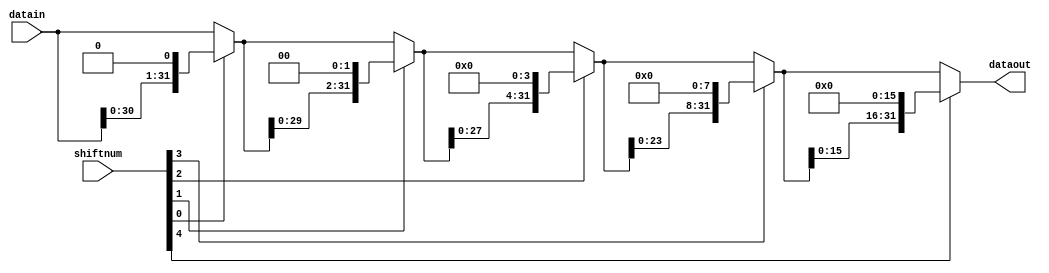
module left_bshifter
#(
    parameter IN_WIDTH = 32,
    SHIFT_STAGE= ((IN_WIDTH > 1) ? $clog2(IN_WIDTH) : 1),
    SHIFT_WIDTH=2**(SHIFT_STAGE)
)
(
    input [IN_WIDTH-1:0]datain,
    input [SHIFT_STAGE-1:0]shiftnum,
    output [IN_WIDTH-1:0]dataout
);
reg [SHIFT_WIDTH-1:0]shift_stages[SHIFT_STAGE:0];
wire [SHIFT_WIDTH-1:0]shift_o;
wire sign;
integer i,j;
always @(*)
begin
    shift_stages[0]=datain;
    for(i=1;i<=SHIFT_STAGE;i=i+1)
    begin
        if(shiftnum[i-1])shift_stages[i]=shift_stages[i-1]<<(2**(i-1));
        else shift_stages[i]=shift_stages[i-1];
    end
end
assign shift_o=shift_stages[SHIFT_STAGE];
assign dataout=shift_o[IN_WIDTH-1:0];
endmodule